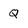
Character: Q